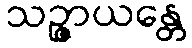
သဉ္ဇာယန္တေ